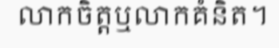
លាកចិត្តឬលាកគំនិត។